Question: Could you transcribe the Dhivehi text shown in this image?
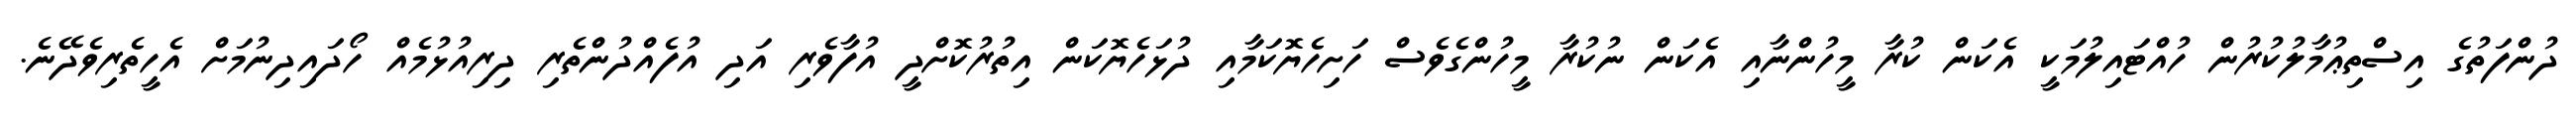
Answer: ދުންފަތުގެ އިސްތިޢުމާލުކުރުން ހުއްޓައިލުމަކީ އެކަން ކުރާ މީހުންނާއި އެކަން ނުކުރާ މީހުންގެވެސް ހަށިހެޔޮކަމާއި ދުޅަހެޔޮކަން އިތުރުކޮށްދީ އުފާވެރި އަދި އުފެއްދުންތެރި ދިރިއުޅުމެއް ހޯދައިދިނުމަށް އެހީތެރިވެދޭނެ.